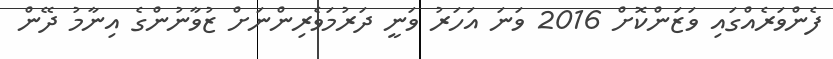
ފެންވަރެއްގައި ވަޒަންކޮށް 2016 ވަނަ އަހަރު ވަނީ ދަރުމަވެރިންނަށް ޒުވާނުންގެ އިނާމު ދޭން